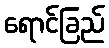
ရောင်ခြည်